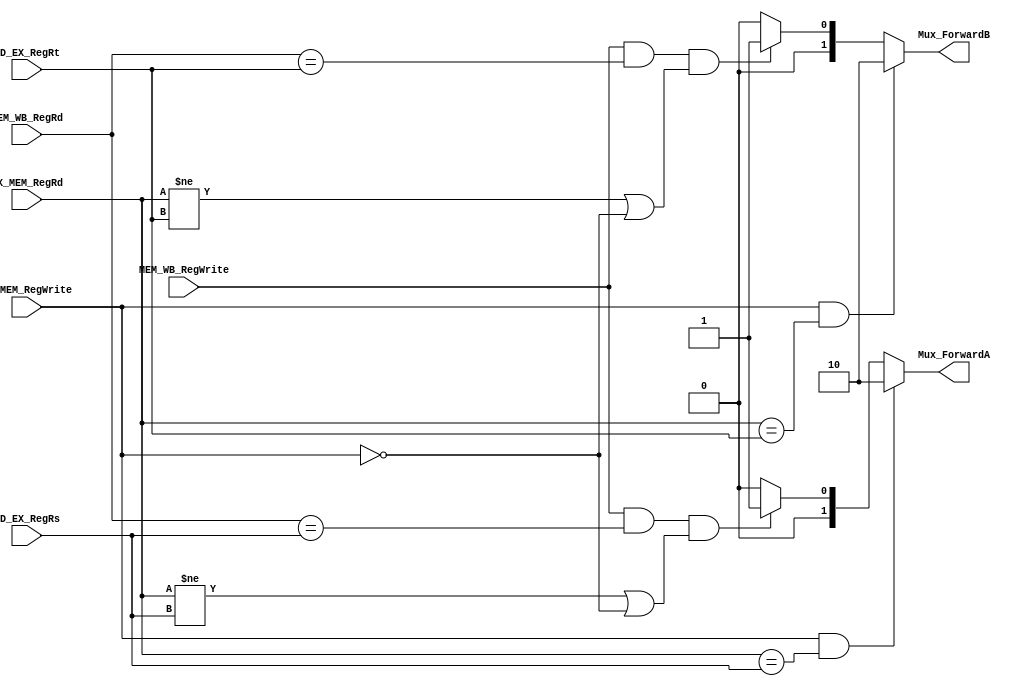
//forwarding unit selects the correct ALU inputs for the EX stage
//if no hazard, ALU operands come from reg file as normal
//data hazard - operand come from either EX_MEM or MEM_WB pipeline reg
//MEM/WB hazard may occur between an instruction in the EX stage and the instruction from two cycles ago 
module ForwardingUnit(

    // Inputs: the two RegWrite signals come from the control unit
	input [4:0] ID_EX_RegRs, ID_EX_RegRt, EX_MEM_RegRd, MEM_WB_RegRd,
    input MEM_WB_RegWrite, EX_MEM_RegWrite,
	
    // Outputs: multiplexers attached to the ALU
    output reg [1:0] Mux_ForwardA, Mux_ForwardB
);
	initial begin
		Mux_ForwardA <= 0;
		Mux_ForwardB <= 0;
	end

    always @(ID_EX_RegRs, ID_EX_RegRt, EX_MEM_RegRd, EX_MEM_RegWrite, MEM_WB_RegRd, MEM_WB_RegWrite ) begin
    	// Mux_ForwardA equations
        if (EX_MEM_RegWrite == 1 && EX_MEM_RegRd == ID_EX_RegRs) begin
            Mux_ForwardA <= 2;
        end
        else if(MEM_WB_RegWrite == 1 && MEM_WB_RegRd == ID_EX_RegRs &&
        (EX_MEM_RegRd != ID_EX_RegRs || EX_MEM_RegWrite == 0)) begin
            Mux_ForwardA <= 1;
        end
        else begin
        	Mux_ForwardA <= 0;
        end

		// Mux_ForwardB equations
        if (EX_MEM_RegWrite == 1 && EX_MEM_RegRd == ID_EX_RegRt) begin
            Mux_ForwardB <= 2;
    	end
    	else if (MEM_WB_RegWrite == 1 && MEM_WB_RegRd == ID_EX_RegRt &&
        (EX_MEM_RegRd != ID_EX_RegRt || EX_MEM_RegWrite == 0)) begin
            Mux_ForwardB <= 1;
        end
        else begin
        	Mux_ForwardB <= 0;
        end

	end
endmodule